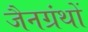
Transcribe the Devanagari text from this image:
जैनग्रंथों